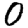
Digit: 0